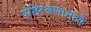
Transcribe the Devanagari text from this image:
यष्टिरक्षणामध्ये